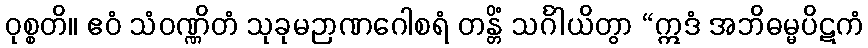
ဝုစ္စတိ။ ဧဝံ သံဝဏ္ဏိတံ သုခုမဉာဏဂေါစရံ တန္တိံ သင်္ဂါယိတွာ “ဣဒံ အဘိဓမ္မပိဋကံ